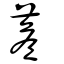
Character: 薝